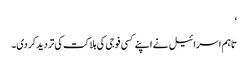
‘
تاہم اسرائیل نے اپنے کسی فوجی کی ہلاکت کی تردید کردی۔